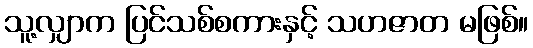
သူ့လျှာက ပြင်သစ်စကားနှင့် သဟဇာတ မဖြစ်။